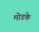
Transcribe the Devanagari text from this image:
मोडके